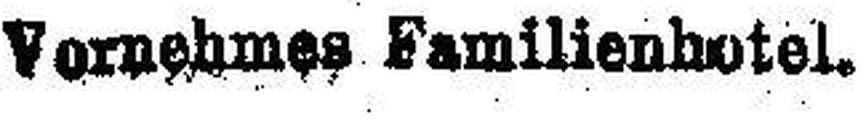
Vornehmes Familienhotel.